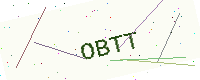
Text: OBTT